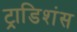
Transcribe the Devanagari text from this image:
ट्राडिशंस